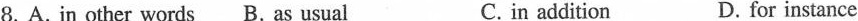
8. A. in other words B. As usual C. in addition D. for instance